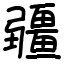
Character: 疆